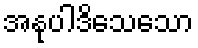
အနုပါဒိသေသော